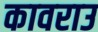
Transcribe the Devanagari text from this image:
कावराउ